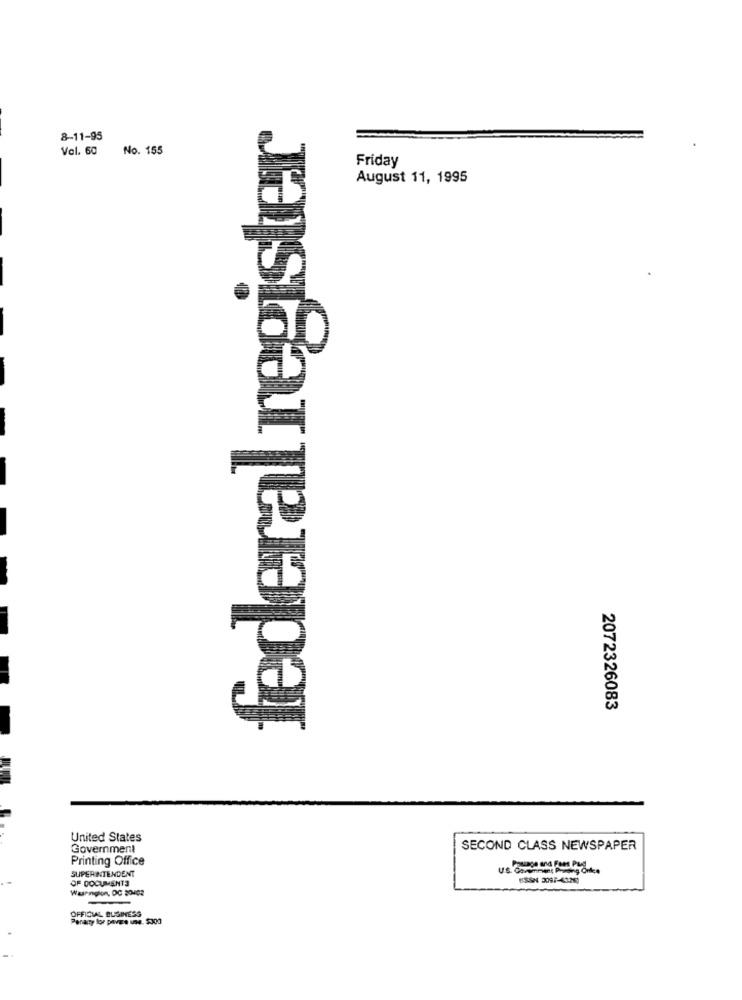
federal register
8-11-95
Vol. 60
No. 155
Friday
August 11, 1995
2072326083
United States
Government
SECOND CLASS NEWSPAPER
Printing Office
SUPERINTENDENT
OF DOCUMENTS
Wasenglon, DC 20402
OFFICIAL BUSINESS
Paracy lor povere une. $300